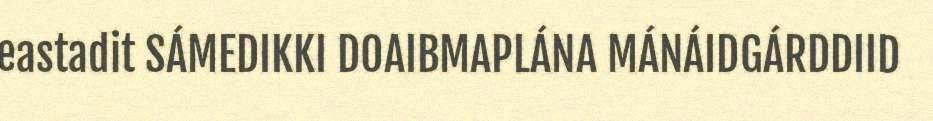
eastadit SÁMEDIKKI DOAIBMAPLÁNA MÁNÁIDGÁRDDIID